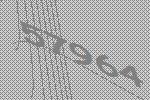
57964